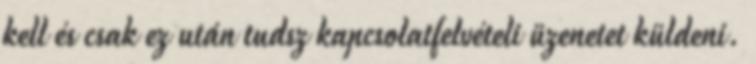
kell és csak ez után tudsz kapcsolatfelvételi üzenetet küldeni.